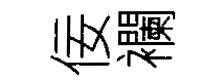
佞襴